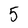
Character: 5